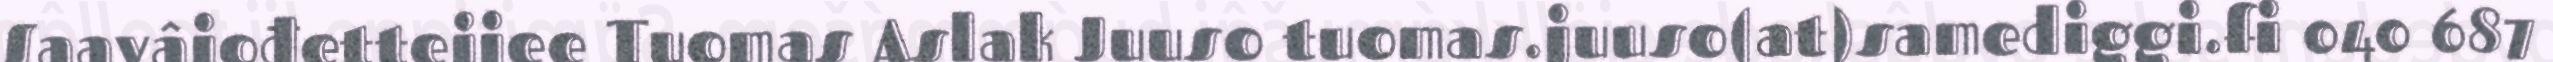
Saavâjođetteijee Tuomas Aslak Juuso tuomas.juuso(at)samediggi.fi 040 687